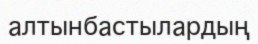
алтынбастылардың